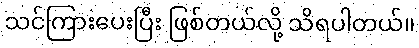
သင်ကြားပေးပြီး ဖြစ်တယ်လို့ သိရပါတယ်။